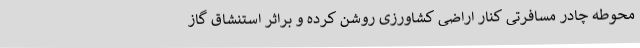
محوطه چادر مسافرتی کنار اراضی کشاورزی روشن کرده و براثر استنشاق گاز